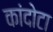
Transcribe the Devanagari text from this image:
कांदोटा